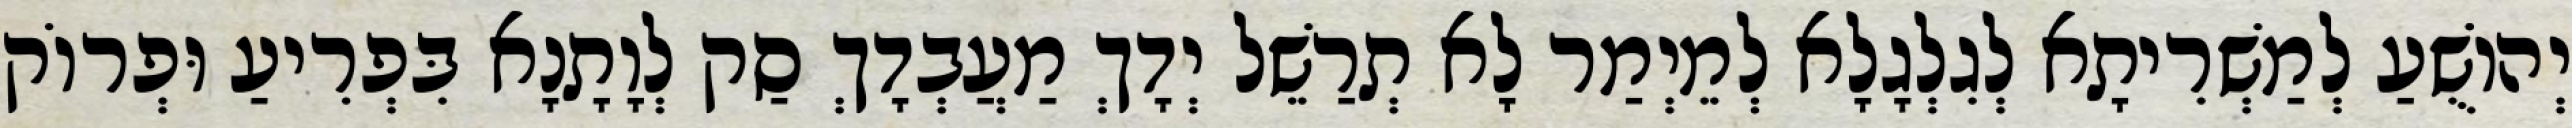
יְהוֹשֻׁעַ לְמַשְׁרִיתָא לְגִלְגָלָא לְמֵיְמַר לָא תְרַשֵׁל יְדָךְ מַעֲבְדָךְ סַק לְוָתָנָא בִּפְרִיעַ וּפְרוֹק